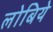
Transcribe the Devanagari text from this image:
लोबिये